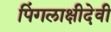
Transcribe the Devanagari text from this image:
पिंगलाक्षीदेवी